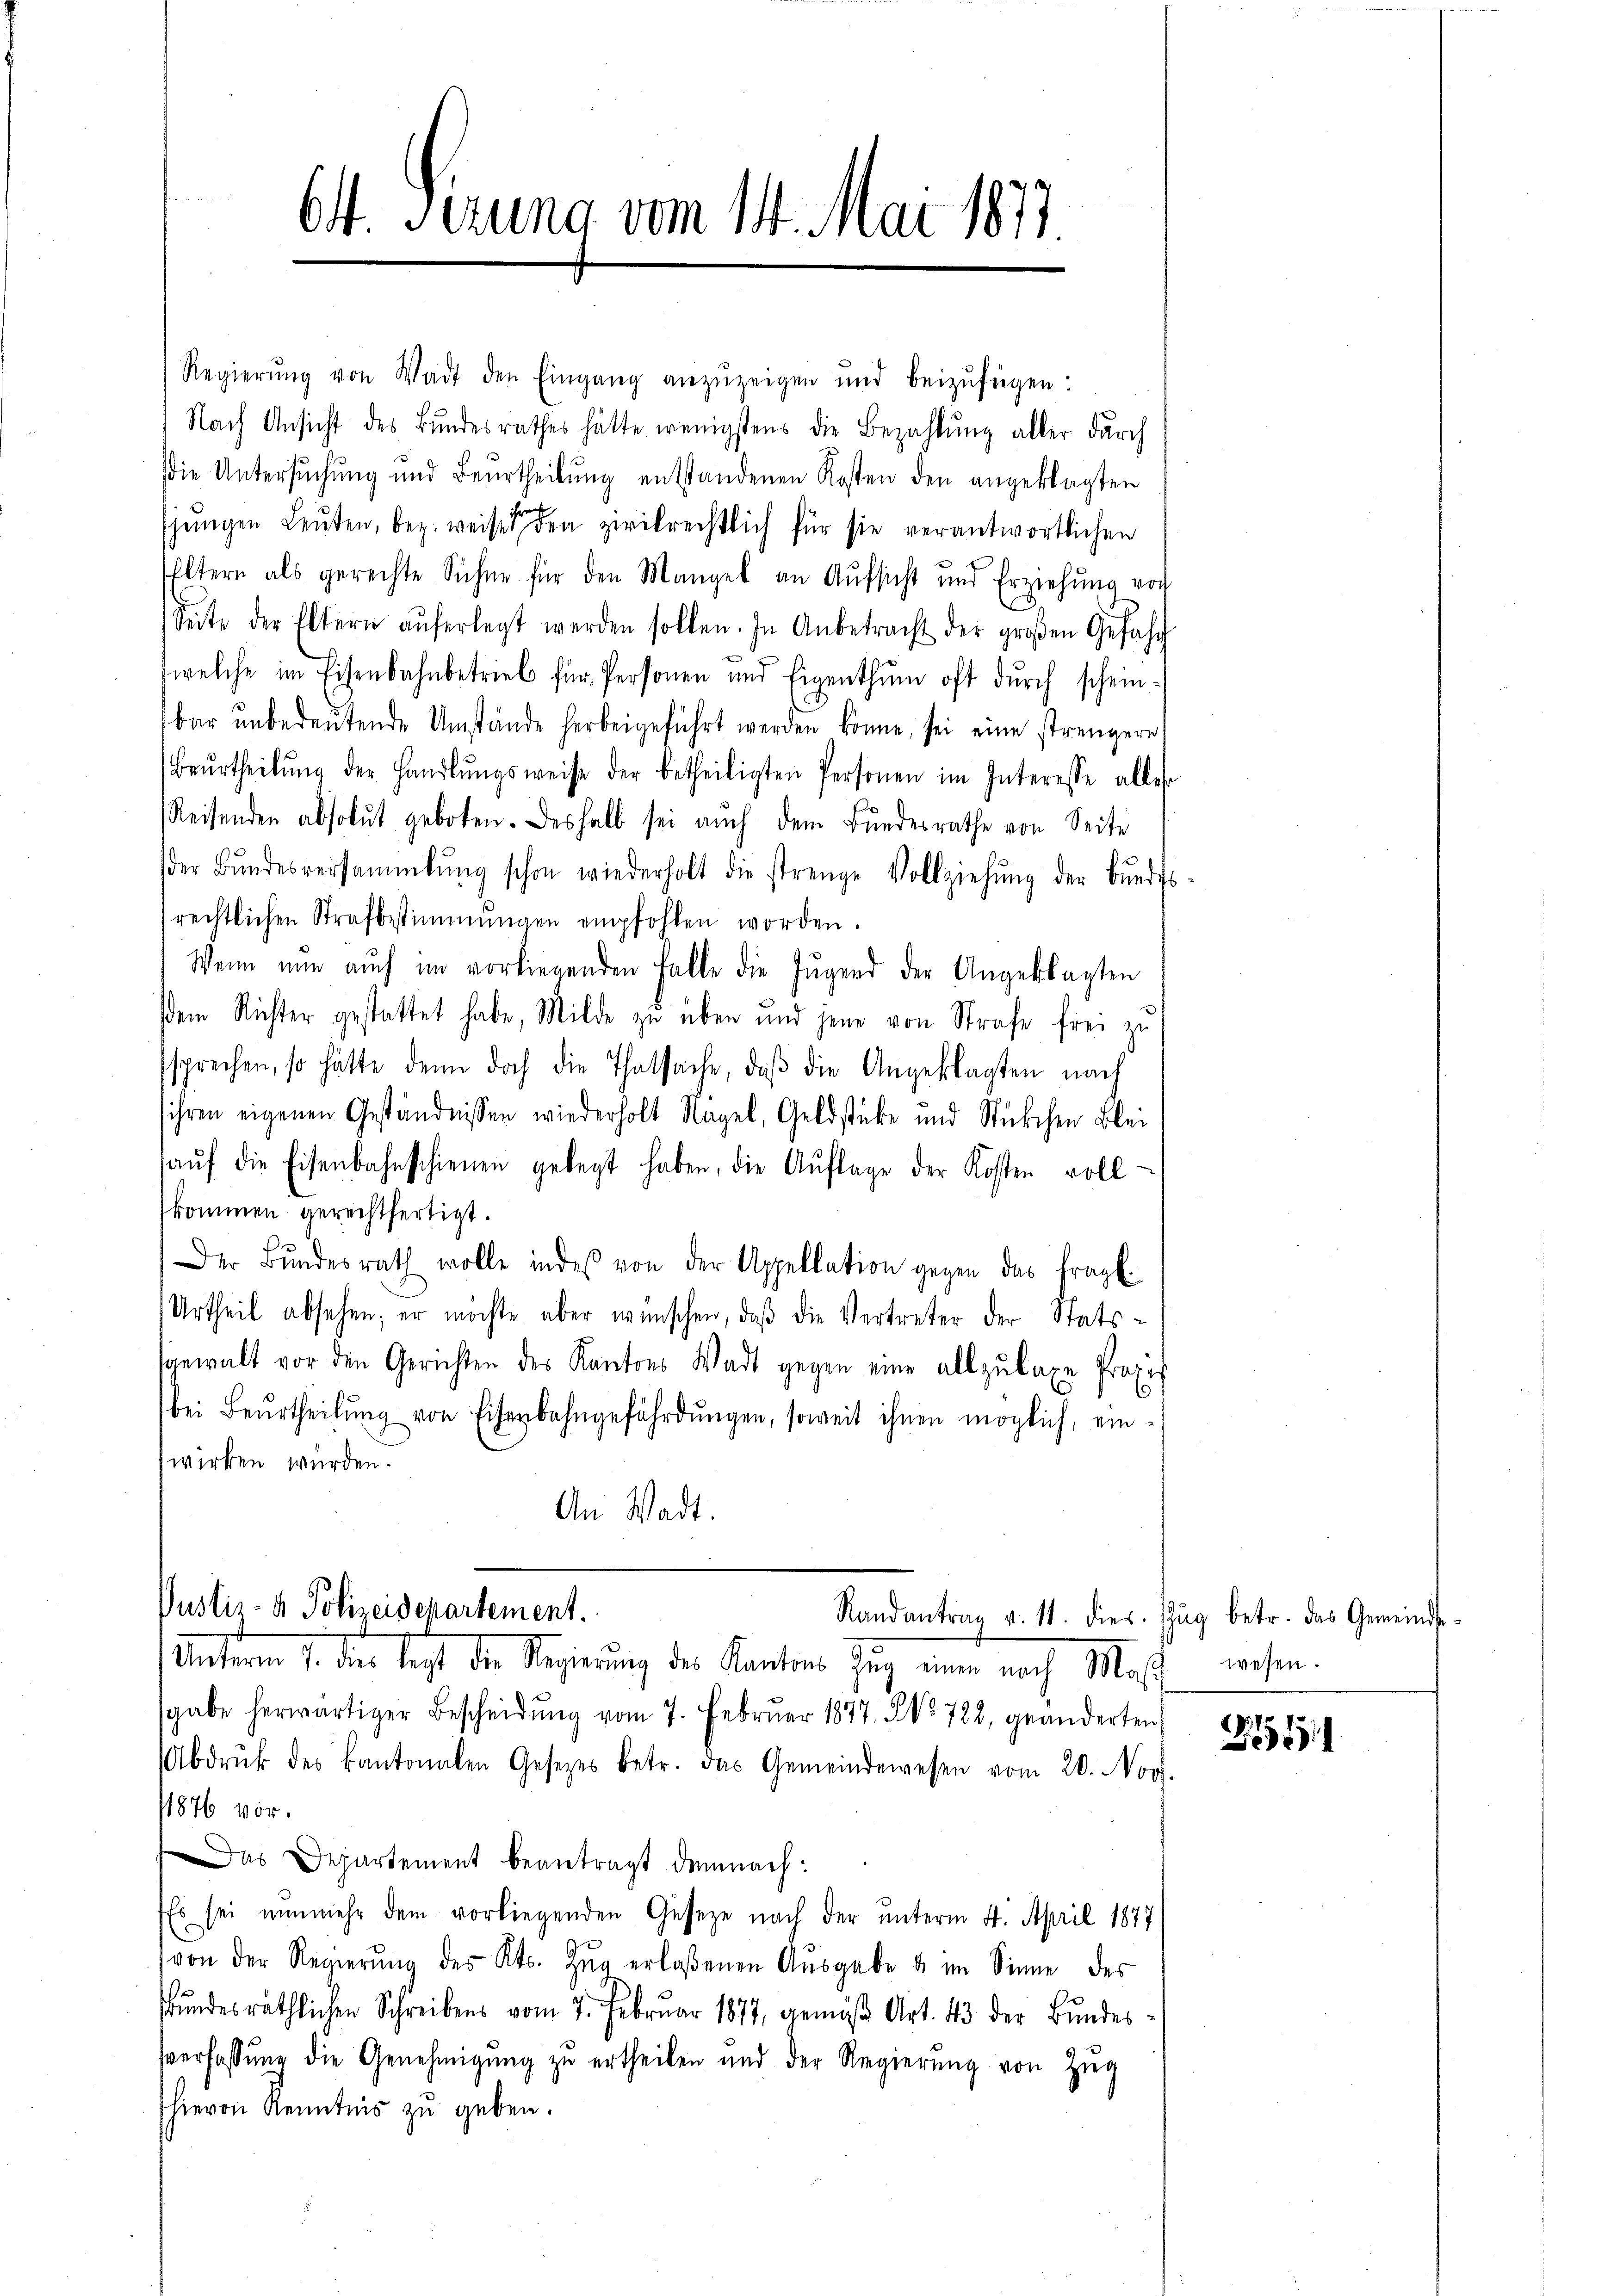
St. Gerung vom 14. Mai 1877

Regierŭng von Wadt den Eingang anzuzeigen und beizufügen.
Nach Ansicht des Bundesrathes hätte wenigstens die Bezahlung aller durch
Die Untersŭchŭng und Beurtheilŭng entstandenen Kosten den angeklagten
jungen Leuten, bez. weises den zivilrechtlich für sie verantwortlichen
Eltern als gerechte Sicher für den Mangel an Aufsicht und Erziehŭng vor
Seite der Eltern aŭferlegt werden sollen. In Anbetracht der großen Gefahr
welche im Eisenbahnbetrieb für Personen und Eigenthŭm oft durch scheinbar ŭnbedeŭtende Umstände herbeigeführt werden könne, sei eine strengere
Beŭrtheilŭng der Handlŭngsweise der betheiligten Personen im Interesse aller
Reisenden absolut geboten. Deshalb sei auch dem Bundesrathe von Seite
der Bŭndesversammlung schon wiederholt die strenge Vollziehŭng der Bŭnde
rechtlichen Strafbestimmungen empfohlen worden.
Wenn nun auch im vorliegenden Falle die Jŭgend der Angeklagten
sdem Richter gestattet habe, Milde zu über und jene von Strafe frei zu
ssprechen, so hätte denn doch die Thatsache, daβ die Angeklagten nach
sihren eigenen Geständnissen wiederholt Nagel, Geldstüke und Stükchen Blei
aŭf die Eisenbahnschienen gelegt haben, die Aŭflage der Kosten voll-
kommen gerechtfertigt.
Der Bŭndesrath wolle indes von der Appellation gegen das fragl.
Urtheil absehen; er möchte aber wünschen, daß die Vertreter der Statssgewalt vor den Gerichten des Kantons Wadt gegen eine allzulage Praxis
bei Beurtheilŭng von Eisenbahngefährdŭngen, soweit ihnen möglich, ein-
wirken würden.
An Wadt:

Unterm 7. die legt die Regierung des Kantons Zug einen nach Mas
sgabe herwärtiger Bescheidŭng vom 7. Febrŭar 1877. No 722, geänderten
Abdruk des kantonalen Gesetzes betr. das Gemeindewesen vom 20. Nov.
1876 vor.
Das Departement beantragt demnach:
Es sei nunmehr dem vorliegenden Geseze nach der unterm 4. April 1877
von der Regierŭng des Kts. Zŭg erlassenen Aŭsgabe u. im Sinne des
ŭndesräthlichen Schreibens vom 7. Februar 1877, gemäβ Art. 43 der Bŭndes-
sverfassŭng die Genehmigŭng zu ertheilen und der Regierŭng von Zieg
hievon Kenntnis zu geben.

Justiz- & Polizeidepartement.

Randantrag v. 11. dies. Zŭg betr. das Gemeinde-

2

wesen.

2551